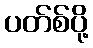
ပတ်စ်ပို့